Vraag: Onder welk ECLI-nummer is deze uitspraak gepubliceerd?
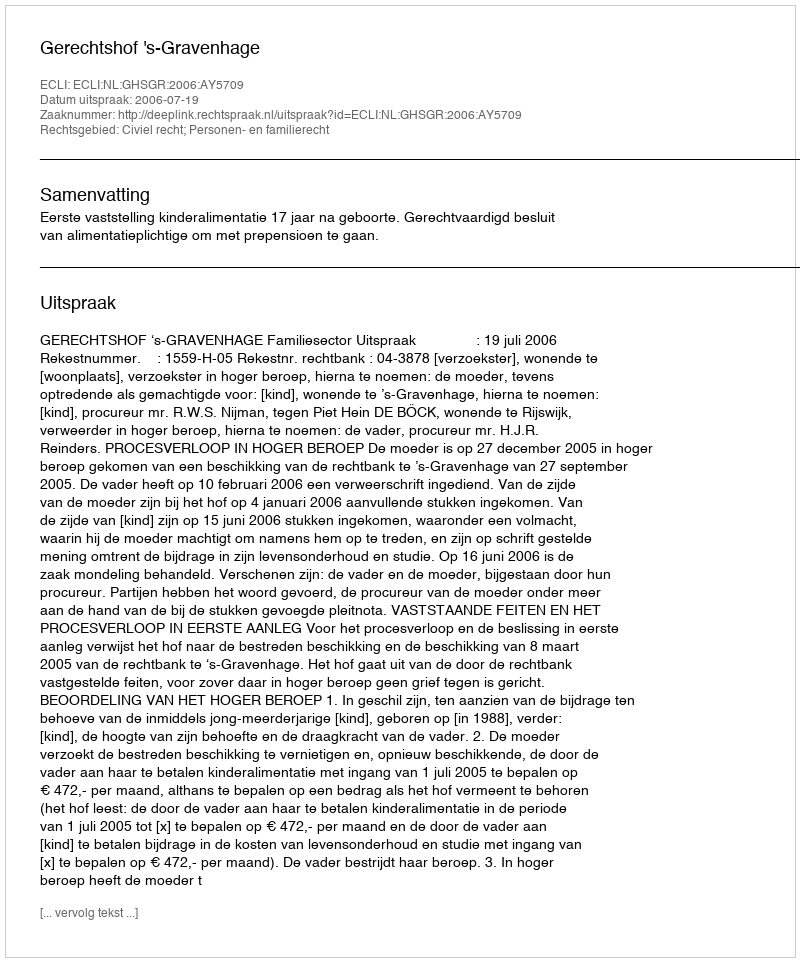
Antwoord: ECLI:NL:GHSGR:2006:AY5709